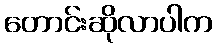
တောင်းဆိုလာပါက